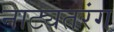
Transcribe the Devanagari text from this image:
नाट्यतरंग